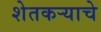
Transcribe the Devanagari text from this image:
शेतकर्‍याचे